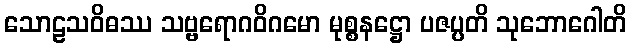
သောဠသဝိဓဿ သဗ္ဗရောဂဝိဂမော မုစ္စနဋ္ဌော ပဇပ္ပတိ သုဘောဂေါတိ